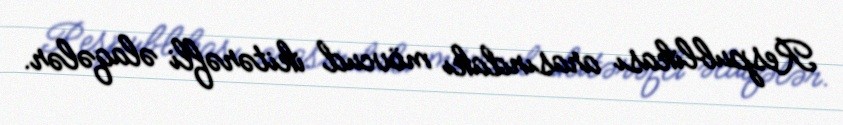
Respublikası arasındakı mövcud ikitərəfli əlaqələr.